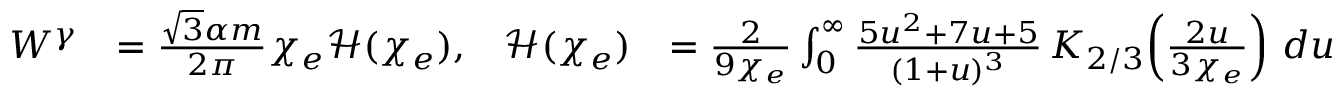
\begin{array} { r l r l } { W ^ { \gamma } } & { = \frac { \sqrt { 3 } \alpha m } { 2 \pi } \chi _ { e } \mathcal { H } ( \chi _ { e } ) , } & { \mathcal { H } ( \chi _ { e } ) } & { = \frac { 2 } { 9 \chi _ { e } } \int _ { 0 } ^ { \infty } \frac { 5 u ^ { 2 } + 7 u + 5 } { ( 1 + u ) ^ { 3 } } \, K _ { 2 / 3 } \! \left( \frac { 2 u } { 3 \chi _ { e } } \right) \, d u } \end{array}